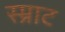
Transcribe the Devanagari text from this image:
स्म्राट